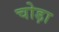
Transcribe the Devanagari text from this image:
चोड़ा